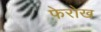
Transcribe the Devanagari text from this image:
फेरोख